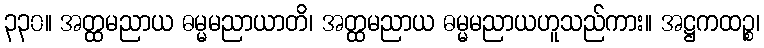
၃၃၀။ အတ္ထမညာယ ဓမ္မမညာယာတိ၊ အတ္ထမညာယ ဓမ္မမညာယဟူသည်ကား။ အဋ္ဌကထဉ္စ၊